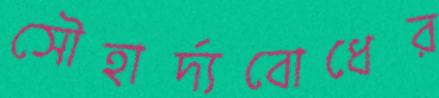
সৌহার্দ্যবোধের